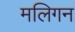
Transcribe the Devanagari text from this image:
मलिगन